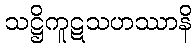
သဋ္ဌိကူဋသဟဿာနိ